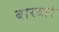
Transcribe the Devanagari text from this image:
बारवारे